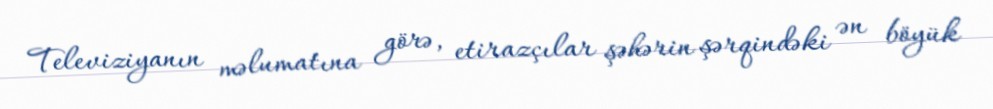
Televiziyanın məlumatına görə, etirazçılar şəhərin şərqindəki ən böyük